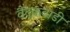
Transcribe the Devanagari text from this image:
वैदकवाडी